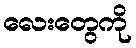
လေးတွေကို